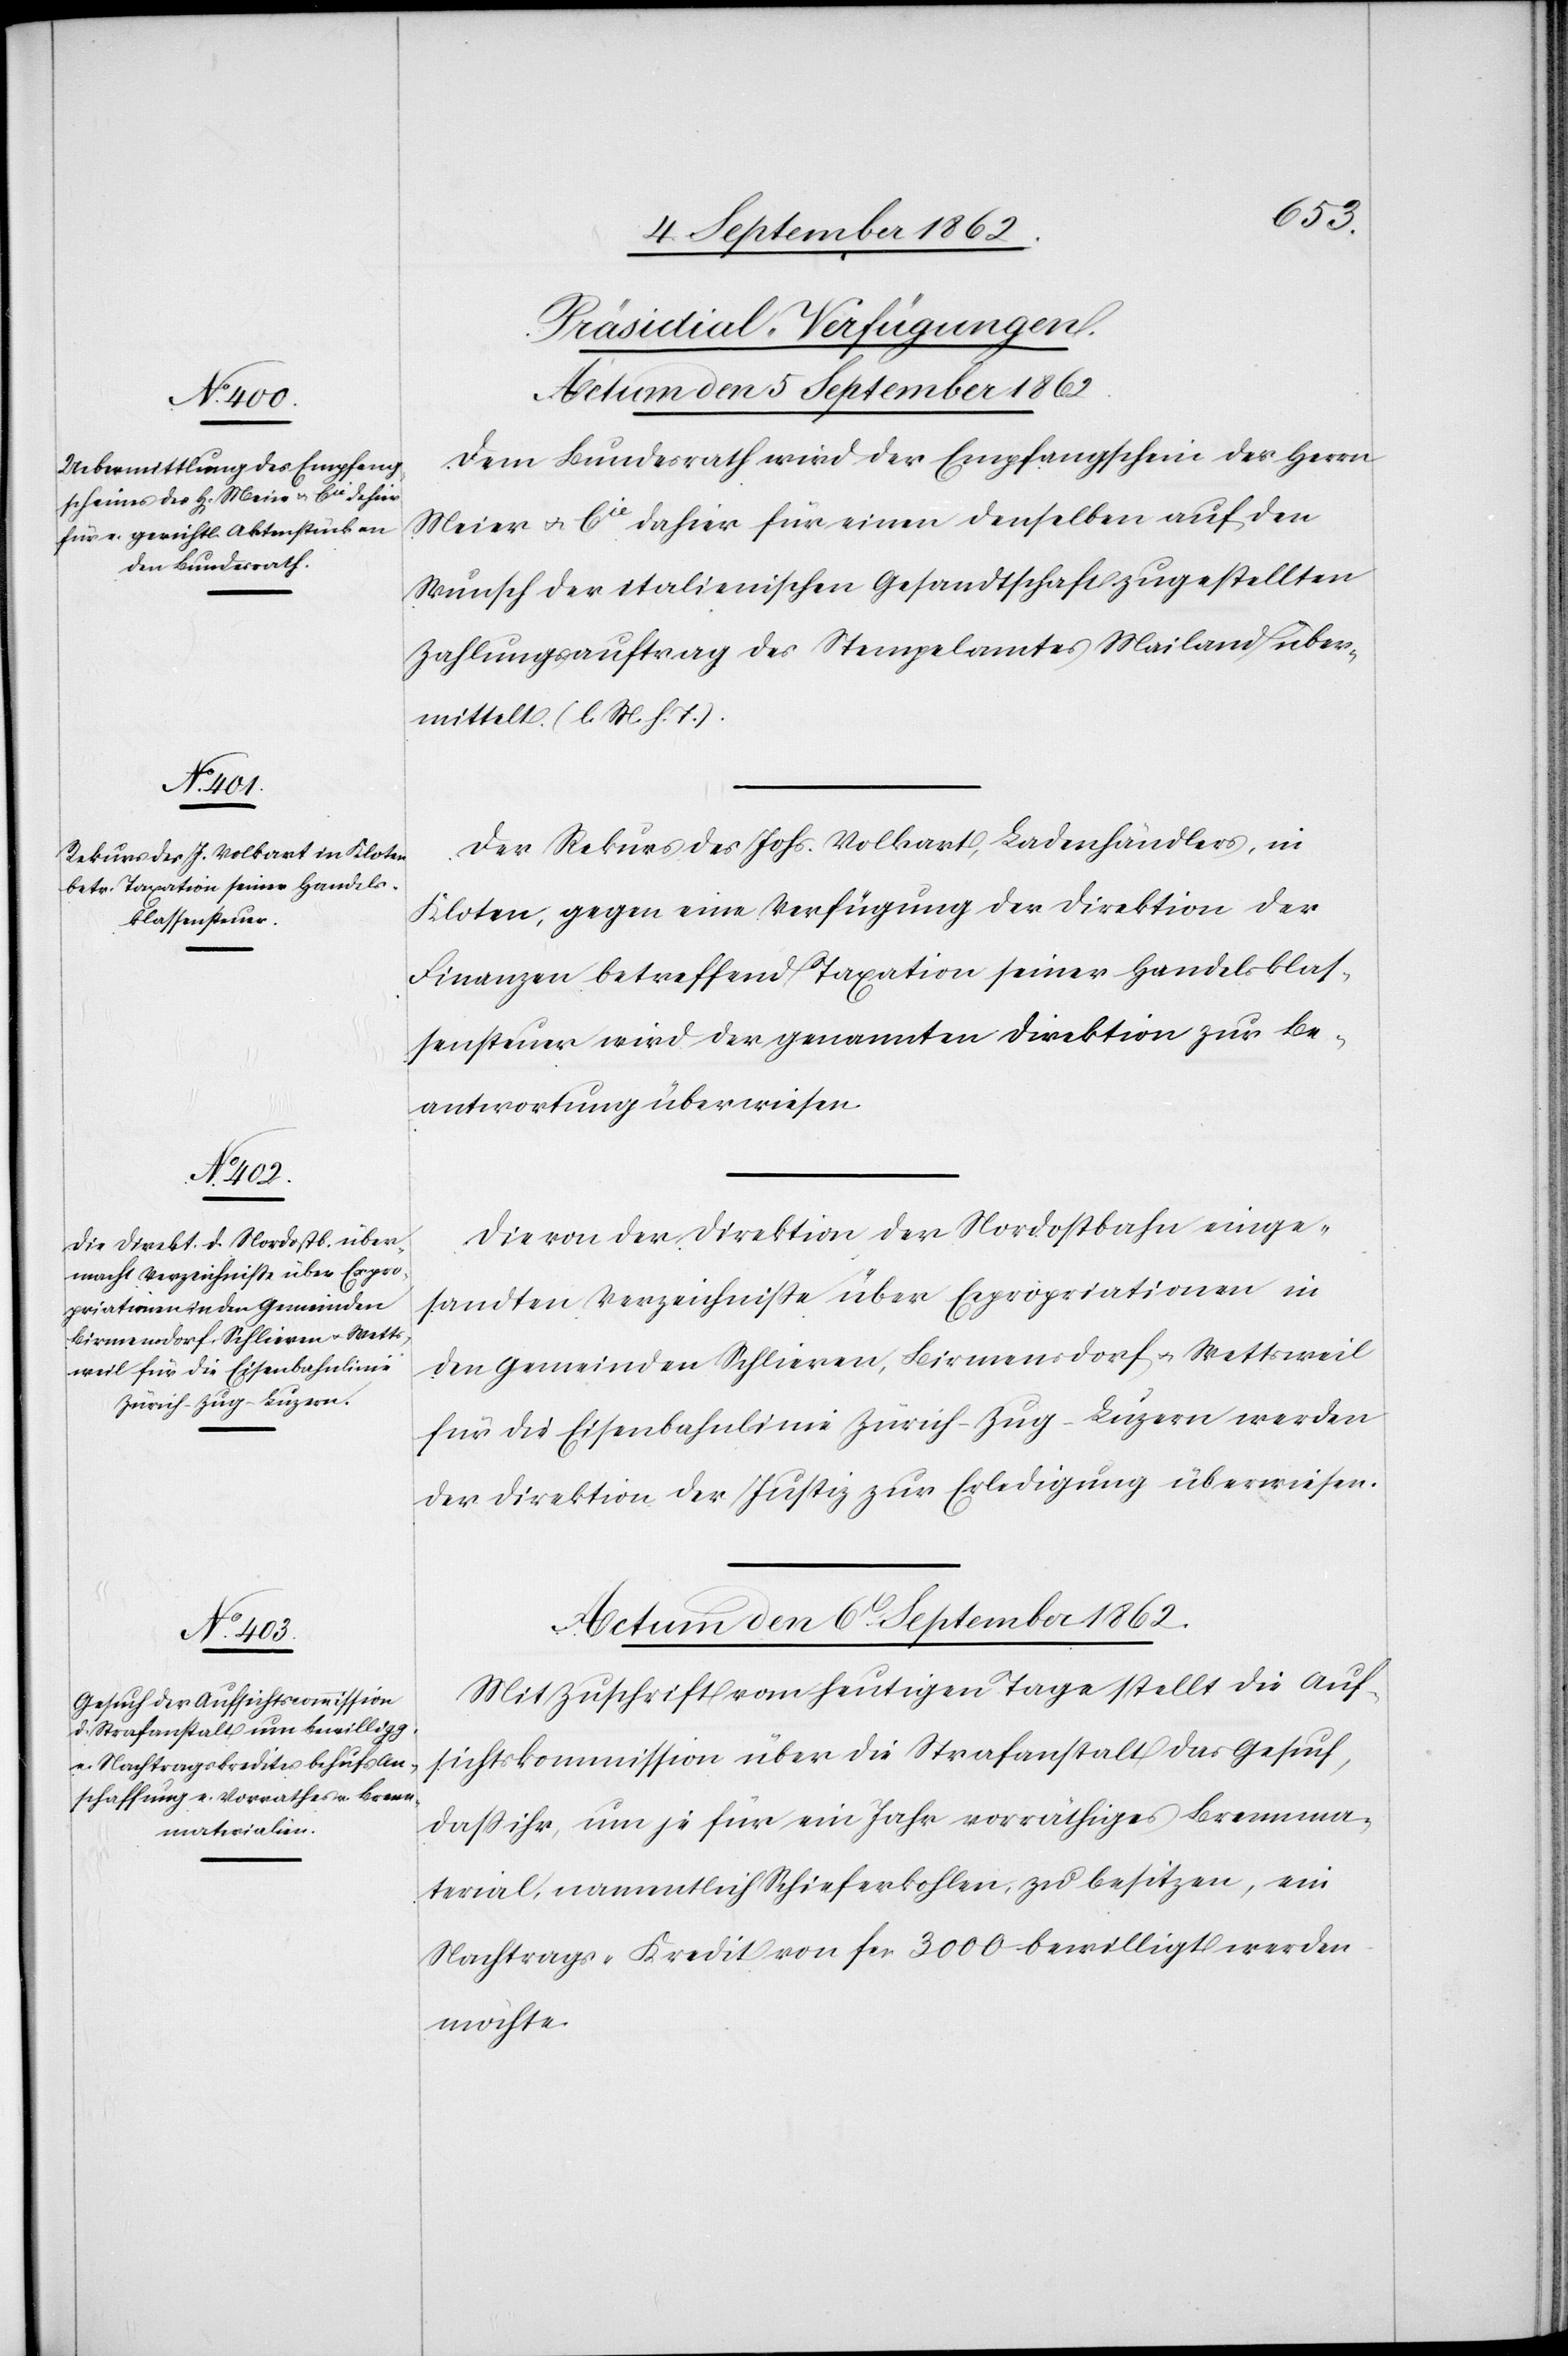
[Präsidial-Verfügungen.]
Dem Bundesrath wird der Empfangschein des Herrn
Meier u. Cie dahier für einen denselben auf den
Wunsch der italienischen Gesandtschaft zugestellten
Zahlungsauftrag des Stempelamtes Mailand über¬
mittelt (l. M. h. T.).
Der Rekurs des Johs. Volkart, Ladenhändlers, in
Kloten, gegen eine Verfügung der Direktion der
Finanzen betreffend Taxation seiner Handelsklas¬
sensteuer wird der genannten Direktion zur Be¬
antwortung überwiesen.
Die von der Direktion der Nordostbahn einge¬
sandten Verzeichnisse über Expropriationen in
den Gemeinden Schlieren, Birmensdorf u. Wettsweil
für die Eisenbahnlinie Zürich–Zug–Luzern werden
der Direktion der Justiz zur Erledigung überwiesen.
Actum den 6. September 1862.
Mit Zuschrift vom heutigen Tage stellt die Auf¬
sichtskommission über die Strafanstalt das Gesuch,
daß ihr, um je für ein Jahr vorräthiges Brennma¬
terial, namentlich Schieferkohlen, zu besitzen, ein
Nachtrags-Kredit von fcs. 3000 bewilligt werden
möchte.